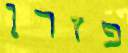
פזרן